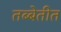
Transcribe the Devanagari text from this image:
तब्बेतीत